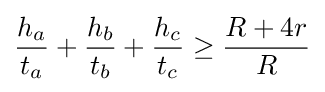
{\frac {h_{a}}{t_{a}}}+{\frac {h_{b}}{t_{b}}}+{\frac {h_{c}}{t_{c}}}\geq {\frac {R+4r}{R}}